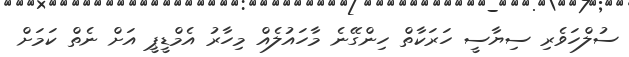
ސުލްހަވެރި ސިޔާސީ ހަރަކާތް ހިންގޭނެ މާހައުލެއް މިހާރު އެމްޑީޕީ އަށް ނެތް ކަމަށް